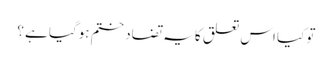
تو کیا اس تعلق کا یہ تضاد ختم ہوگیا ہے ؟